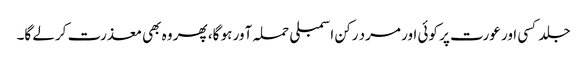
جلد کسی اور عورت پر کوئی اور مرد رکن اسمبلی حملہ آور ہو گا، پھر وہ بھی معذرت کرلے گا۔